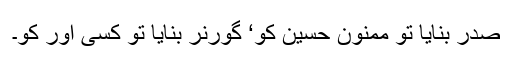
صدر بنایا تو ممنون حسین کو‘ گورنر بنایا تو کسی اور کو۔